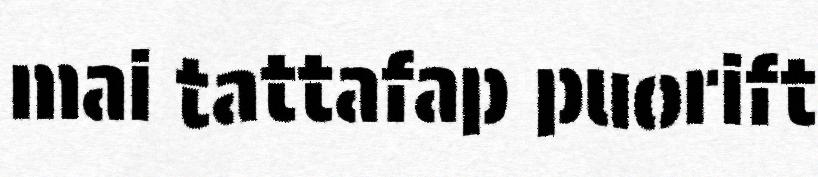
mai tattafap puorift